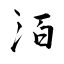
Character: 洦